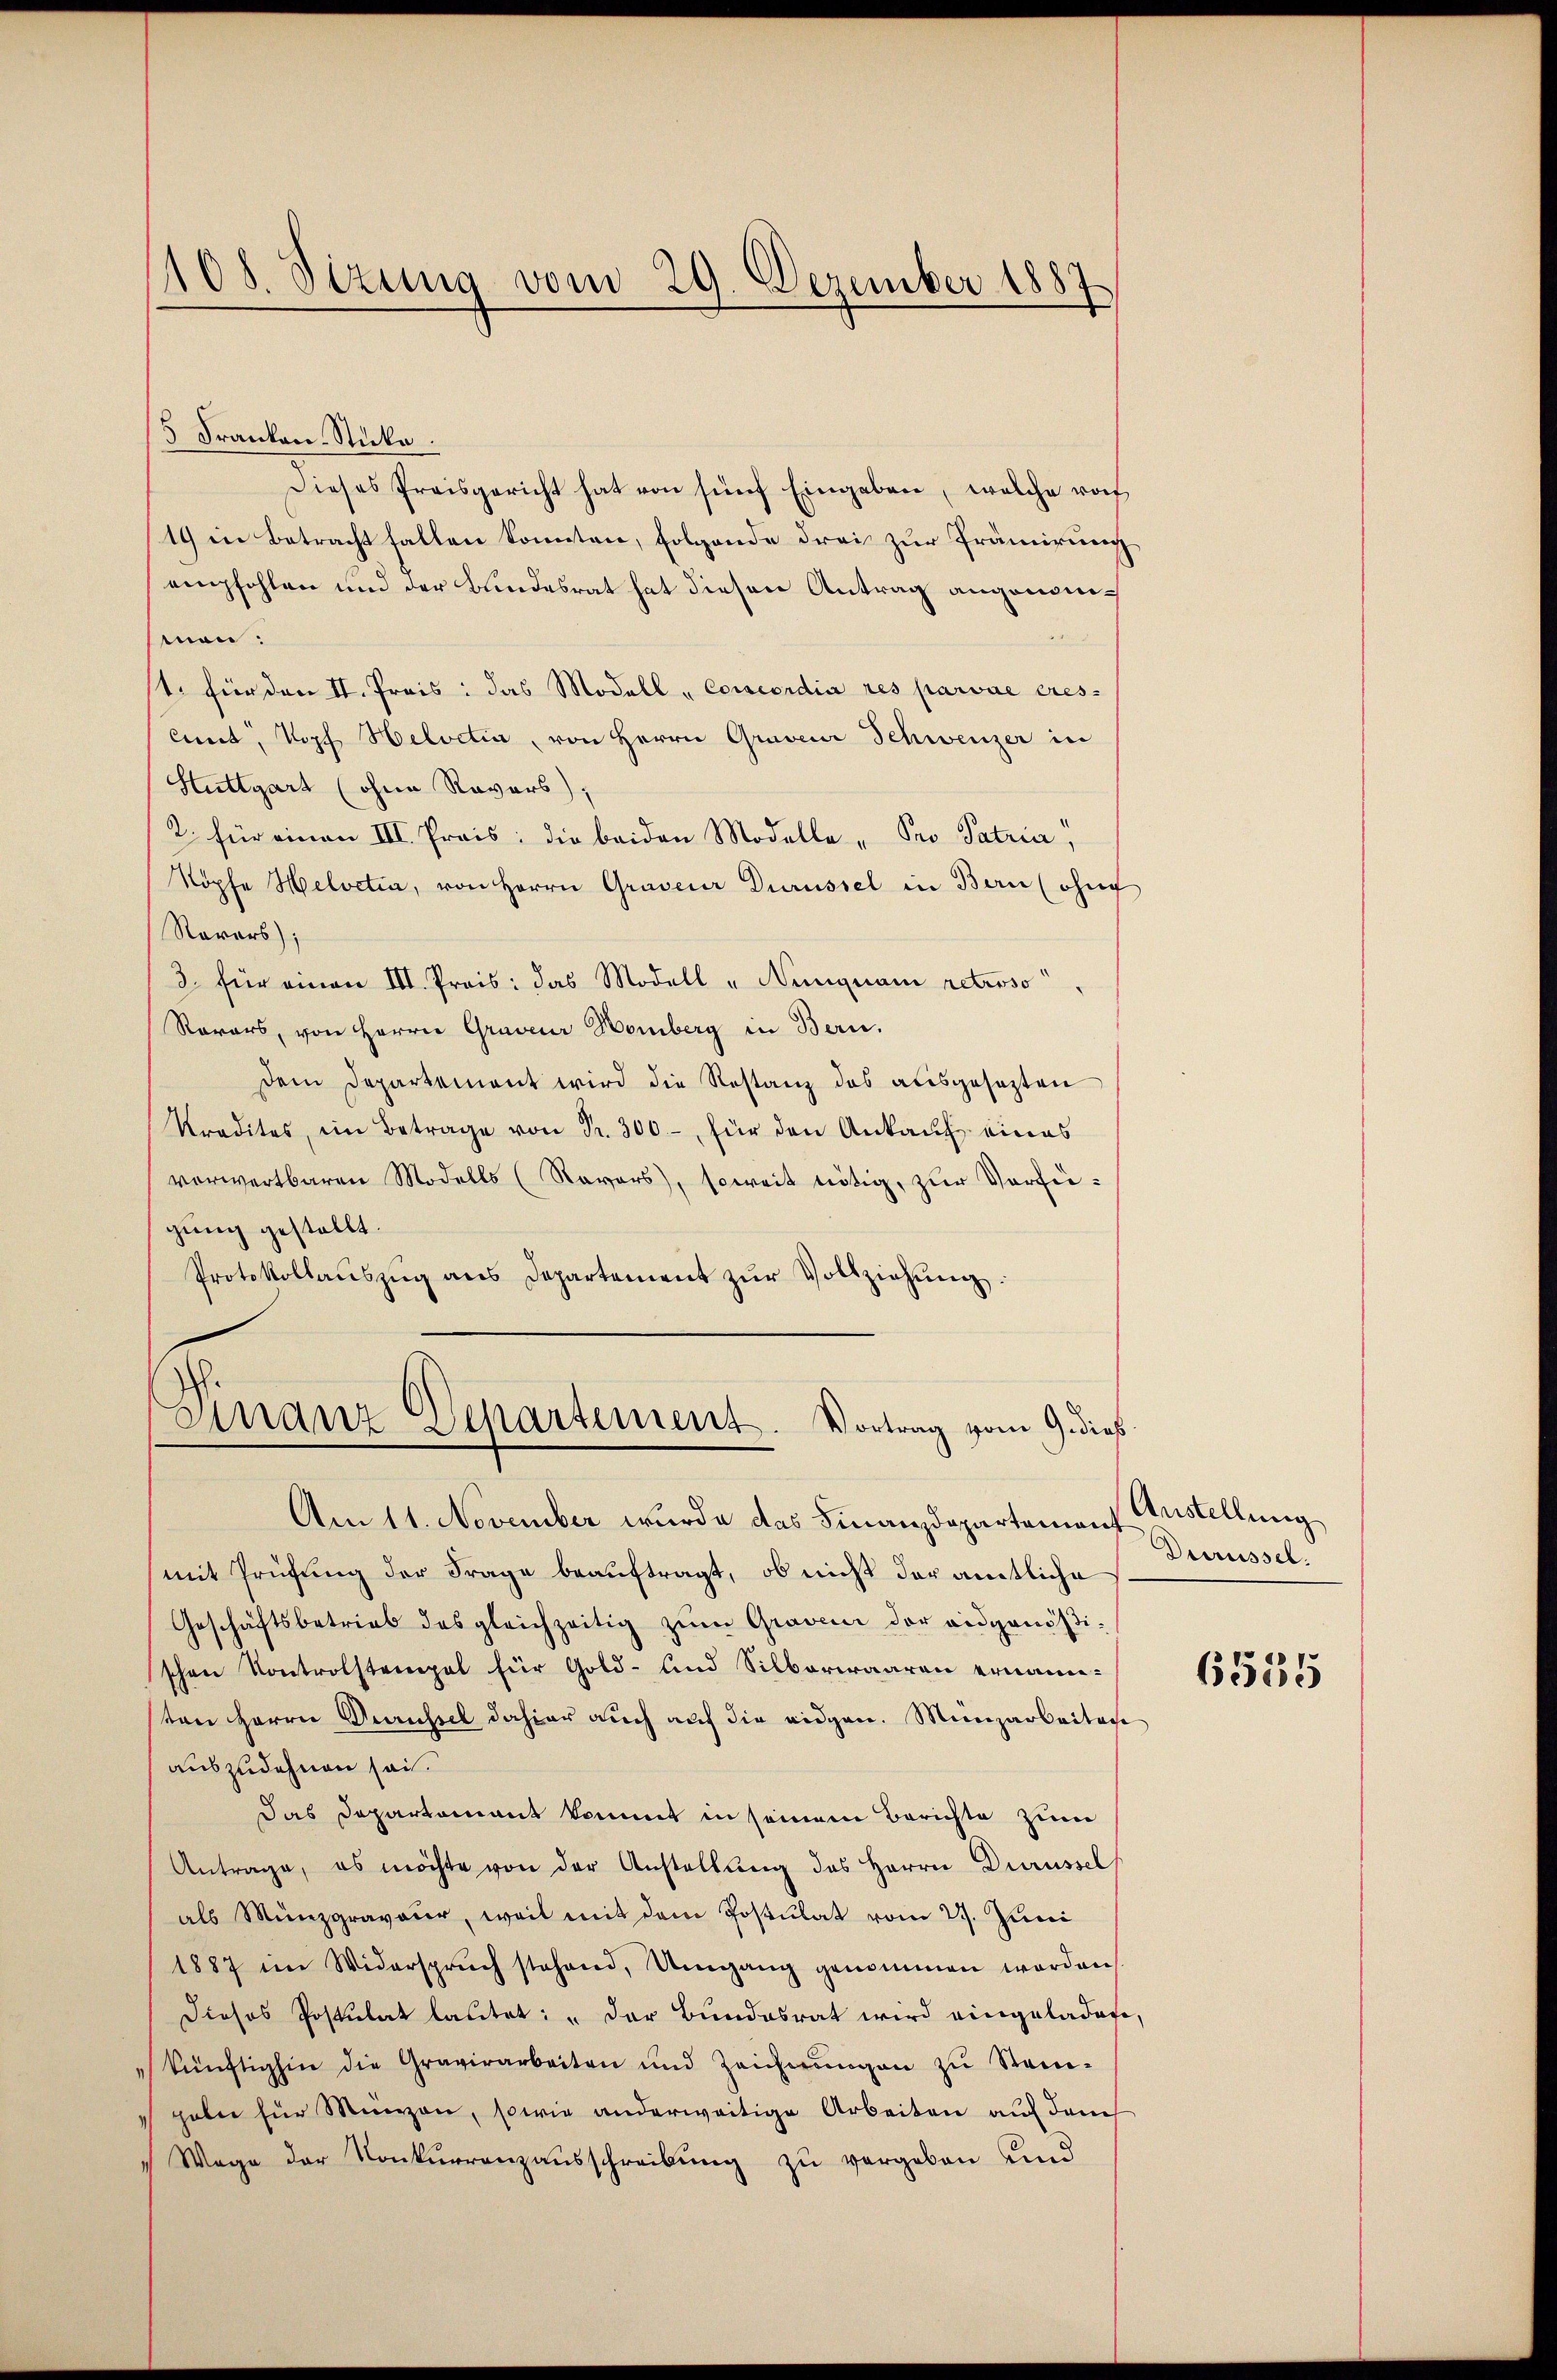
1108. Sizung vom 29. Dezember 1887

5 Franken- Stücke.
Dieses Preisgericht hat von fünf Eingaben, welche roch
19 in Betracht fallen konnten, folgende drei zur Prämirung
empfohlen und der Bundesrat hat diesen Antrag angenommen:
1. für den II. Preis: das Modell „Conscordia res parvie eres-
Amt, Kopf Helvetia, von Herrn Graveur Schweizer in
Stuttgart (ohne Ravars),
2. für einen III. Preis: die beiden Modelle " Pro Patria,
Köpfe Helvetia, von Herrn Graveur Durüssel in Bern (ohne
Ravars);
3. für einen III. Preis: das Modell "Nenquam retroso
Ravars, von Herrn Graveur Homberg in Bern.
dem Departement wird die Restanz des ausgesezten
Kredites, im Betrage von Fr. 300.- für den Ankauf eines
verwertbaren Modells (Ravors), soweit nötig, zur Vorfegung gestellt.
Protokollaŭszŭg ans Departement zŭr Vollziehŭng:

Finanz Departement. Vortrag vom 9. dieß

Am 11. November wurde das Finanzdepartement Austellung
mit Prüfung der Frage beauftragt, ob nicht der amtliche
Geschäftsbetrieb des gleichzeitig zŭm Graveur der eidgenößi
schen Kontrolstempel für Gold- und Silberwaaren ernannten Herrn Gaussel dahier auch auf die eidgen. Munzarbeiten
auszudehnen sei.
Das Departement kommt in seinem Berichte zum
Antrage, es möchte von der Anstellung des Herrn Durüssel
als Münzgravaur, weil mit dem Postulat vom 27. Juni
1887 im Widerspruch stehend, Umgang genommen worden,
Dieses Postulat lautet: „Der Bundesrat wird eingeladete,
künftighin die Gravirarbeiten und Zeichnŭngen zŭ Stam-
gabe für Münzen, sowie anderweitige Arbeiten auf dem
 Wege der Konkurrenzausschreibung zu vergeben und

Durüssel.

6535